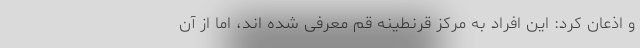
و اذعان کرد: این افراد به مرکز قرنطینه قم معرفی شده اند، اما از آن